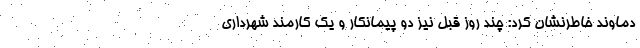
دماوند خاطرنشان کرد: چند روز قبل نیز دو پیمانکار و یک کارمند شهرداری